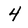
Character: 4